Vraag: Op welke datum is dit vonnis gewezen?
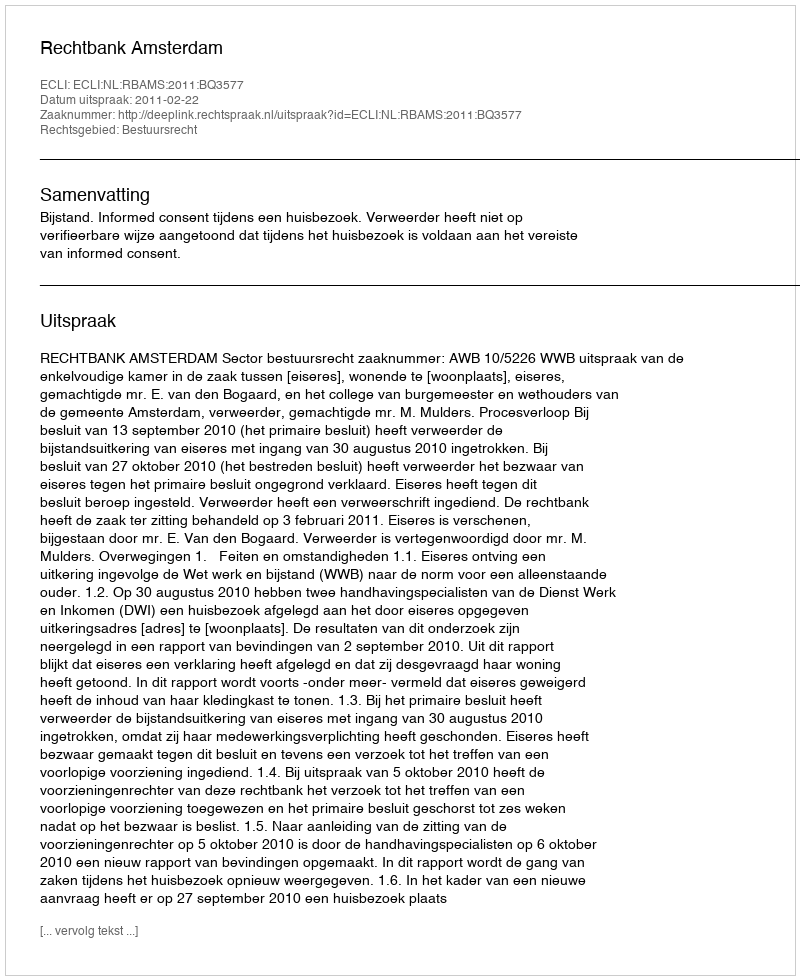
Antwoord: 2011-02-22